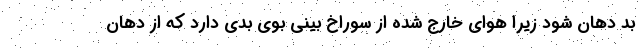
بد دهان شود زیرا هوای خارج شده از سوراخ بینی بوی بدی دارد که از دهان